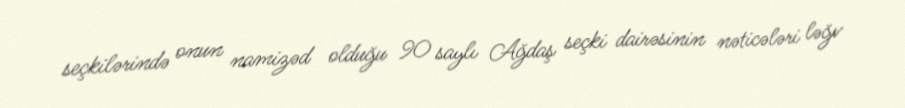
seçkilərində onun namizəd olduğu 90 saylı Ağdaş seçki dairəsinin nəticələri ləğv